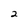
Character: 2